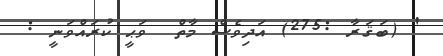
' (ބަޤަރާ :275) އަދިވެސް މާތް  ވަޙީ ކުރައްވަނީ :